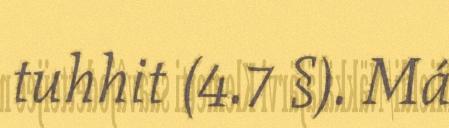
tuhhit (4.7 §). Má